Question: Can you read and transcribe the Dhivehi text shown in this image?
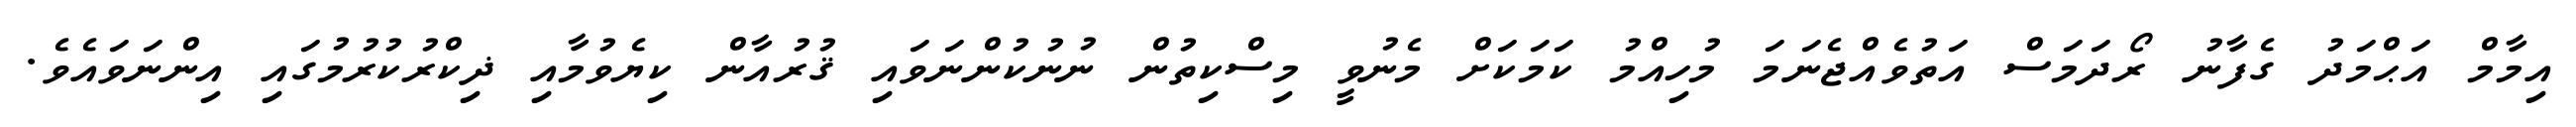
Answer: އިމާމް އަޙްމަދު ގެފާނު ރޯދަމަސް އަތުވެއްޖެނަމަ މުހިއްމު ކަމަކަށް މެނުވީ މިސްކިތުން ނުނުކުންނަވައި ޤުރުއާން ކިޔެވުމާއި ޛިކްރުކުރުމުގައި އިންނަވައެވެ.